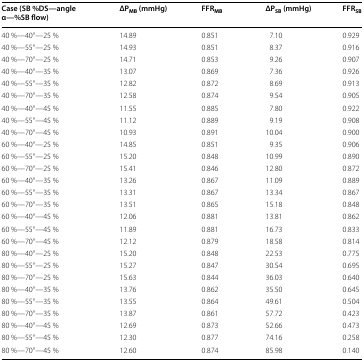
<table><thead><tr><td><b>Case (SB %DS—angle α—%SB flow)</b></td><td><b>ΔP<sub>MB</sub> (mmHg)</b></td><td><b>FFR<sub>MB</sub></b></td><td><b>ΔP<sub>SB</sub> (mmHg)</b></td><td><b>FFR<sub>SB</sub></b></td></tr></thead><tbody><tr><td>40 %—40°—25 %</td><td>14.89</td><td>0.851</td><td>7.10</td><td>0.929</td></tr><tr><td>40 %—55°—25 %</td><td>14.93</td><td>0.851</td><td>8.37</td><td>0.916</td></tr><tr><td>40 %—70°—25 %</td><td>14.71</td><td>0.853</td><td>9.26</td><td>0.907</td></tr><tr><td>40 %—40°—35 %</td><td>13.07</td><td>0.869</td><td>7.36</td><td>0.926</td></tr><tr><td>40 %—55°—35 %</td><td>12.82</td><td>0.872</td><td>8.69</td><td>0.913</td></tr><tr><td>40 %—70°—35 %</td><td>12.58</td><td>0.874</td><td>9.54</td><td>0.905</td></tr><tr><td>40 %—40°—45 %</td><td>11.55</td><td>0.885</td><td>7.80</td><td>0.922</td></tr><tr><td>40 %—55°—45 %</td><td>11.12</td><td>0.889</td><td>9.19</td><td>0.908</td></tr><tr><td>40 %—70°—45 %</td><td>10.93</td><td>0.891</td><td>10.04</td><td>0.900</td></tr><tr><td>60 %—40°—25 %</td><td>14.85</td><td>0.851</td><td>9.35</td><td>0.906</td></tr><tr><td>60 %—55°—25 %</td><td>15.20</td><td>0.848</td><td>10.99</td><td>0.890</td></tr><tr><td>60 %—70°—25 %</td><td>15.41</td><td>0.846</td><td>12.80</td><td>0.872</td></tr><tr><td>60 %—40°—35 %</td><td>13.26</td><td>0.867</td><td>11.09</td><td>0.889</td></tr><tr><td>60 %—55°—35 %</td><td>13.31</td><td>0.867</td><td>13.34</td><td>0.867</td></tr><tr><td>60 %—70°—35 %</td><td>13.51</td><td>0.865</td><td>15.18</td><td>0.848</td></tr><tr><td>60 %—40°—45 %</td><td>12.06</td><td>0.881</td><td>13.81</td><td>0.862</td></tr><tr><td>60 %—55°—45 %</td><td>11.89</td><td>0.881</td><td>16.73</td><td>0.833</td></tr><tr><td>60 %—70°—45 %</td><td>12.12</td><td>0.879</td><td>18.58</td><td>0.814</td></tr><tr><td>80 %—40°—25 %</td><td>15.20</td><td>0.848</td><td>22.53</td><td>0.775</td></tr><tr><td>80 %—55°—25 %</td><td>15.27</td><td>0.847</td><td>30.54</td><td>0.695</td></tr><tr><td>80 %—70°—25 %</td><td>15.63</td><td>0.844</td><td>36.03</td><td>0.640</td></tr><tr><td>80 %—40°—35 %</td><td>13.76</td><td>0.862</td><td>35.50</td><td>0.645</td></tr><tr><td>80 %—55°—35 %</td><td>13.55</td><td>0.864</td><td>49.61</td><td>0.504</td></tr><tr><td>80 %—70°—35 %</td><td>13.87</td><td>0.861</td><td>57.72</td><td>0.423</td></tr><tr><td>80 %—40°—45 %</td><td>12.69</td><td>0.873</td><td>52.66</td><td>0.473</td></tr><tr><td>80 %—55°—45 %</td><td>12.30</td><td>0.877</td><td>74.16</td><td>0.258</td></tr><tr><td>80 %—70°—45 %</td><td>12.60</td><td>0.874</td><td>85.98</td><td>0.140</td></tr></tbody></table>